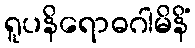
ရူပနိရောဓဂါမိနိံ